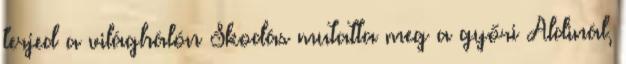
terjed a világhálón Skodás mutatta meg a győri Aldinál,